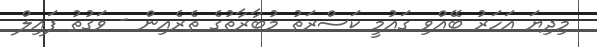
މިދިޔަ އަހަރު ބޭއްވި ގައުމީ ކަސްރަތު މުބާރާތުގެ ތެރެއިން - ވަގުތު ފައިލް